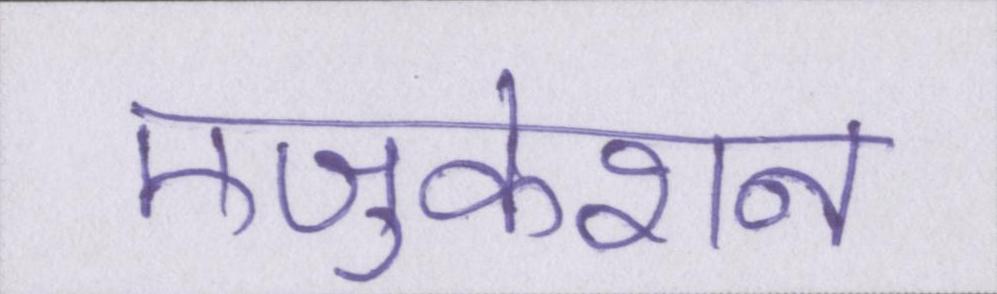
एजुकेशन